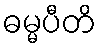
ဓမ္မပီတိ